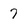
Character: 7